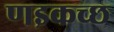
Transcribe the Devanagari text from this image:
णइकच्छ